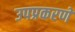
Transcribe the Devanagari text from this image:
उपप्रकरणे